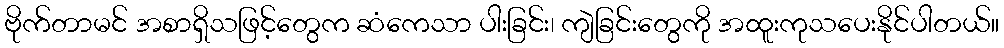
ဗိုက်တာမင် အစာရှိသဖြင့်တွေက ဆံကေသာ ပါးခြင်း၊ ကျဲခြင်းတွေကို အထူးကုသပေးနိုင်ပါတယ်။